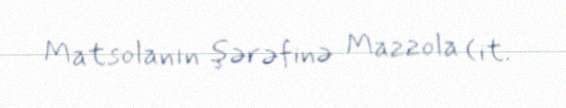
Matsolanın şərəfinə Mazzola (it.